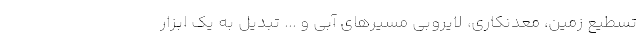
تسطیع زمین، معدنکاری، لایروبی مسیرهای آبی و ... تبدیل به یک ابزار